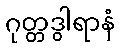
ဂုတ္တဒွါရာနံ